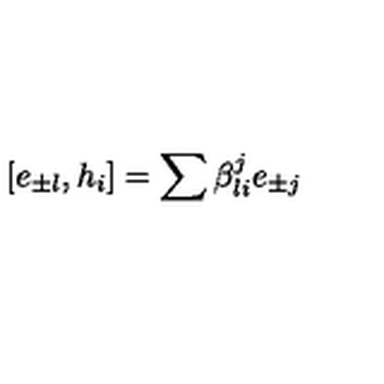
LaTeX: [ e _ { \pm l } , h _ { i } ] = \sum \beta _ { l i } ^ { j } e _ { \pm j }